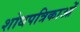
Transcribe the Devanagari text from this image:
शोधपत्रिकाओं